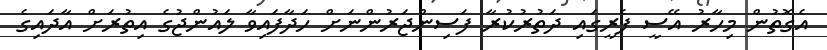
އެގޮތުން މިހާރު އޭސީ ފެރީގައި ދަތުރުކުރާ ފަސިންޖަރުންނަށް ހަދާފައިވާ ލައުންޖުގެ އިތުރަށް އާދައިގެ